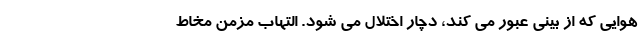
هوایی که از بینی عبور می کند، دچار اختلال می شود. التهاب مزمن مخاط